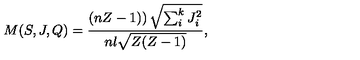
M ( S , J , Q ) = \frac { \left( n Z - 1 ) \right) \sqrt { \sum _ { i } ^ { k } J _ { i } ^ { 2 } } } { n l \sqrt { Z ( Z - 1 ) } } ,